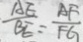
\frac { A E } { B E } = \frac { A F } { F G }